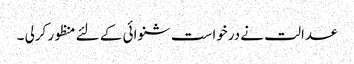
عدالت نے درخواست شنوائی کے لئے منظور کرلی ۔